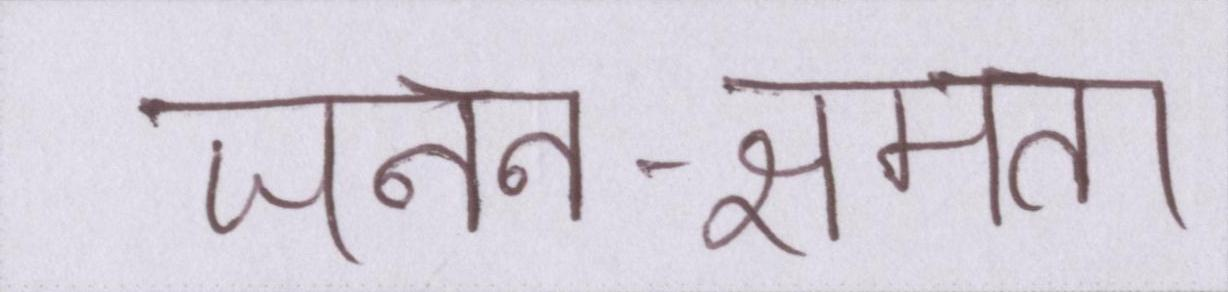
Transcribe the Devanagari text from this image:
जनन-क्षमता